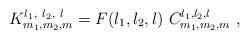
LaTeX: \begin{align*}K_{m_{1},m_{2},m}^{l_{1},\ l_{2},\ l}=F(l_{1},l_{2},l)\ C_{m_{1},m_{2},m}^{l_{1},l_{2},l}\ , \end{align*}